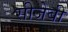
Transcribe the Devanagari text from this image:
सीजेबी